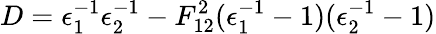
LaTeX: D=\epsilon_{1}^{-1}\epsilon_{2}^{-1}-F_{12}^{2}(\epsilon_{1}^{-1}-1)(\epsilon_{2}^{-1}-1)